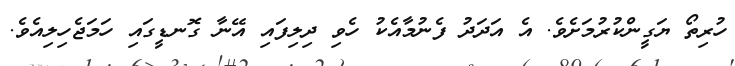
ހުރިތޯ ޔަގީންކުރުމަށެވެ. އެ އަދަދު ފެނުމާއެކު ހެވި ދިލިފައި އޭނާ ގޮނޑީގައި ހަމަޖެހިލިއެވެ.